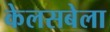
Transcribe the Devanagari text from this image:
केलसबेला